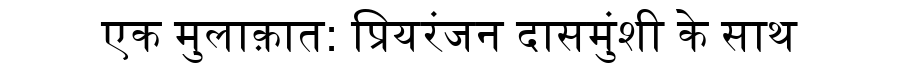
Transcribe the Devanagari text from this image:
एक मुलाक़ात: प्रियरंजन दासमुंशी के साथ